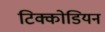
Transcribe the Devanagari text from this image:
टिक्कोडियन